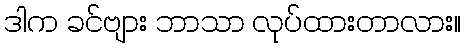
ဒါက ခင်ဗျား ဘာသာ လုပ်ထားတာလား။